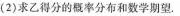
(2)求乙得分的概率分布和数学期望。